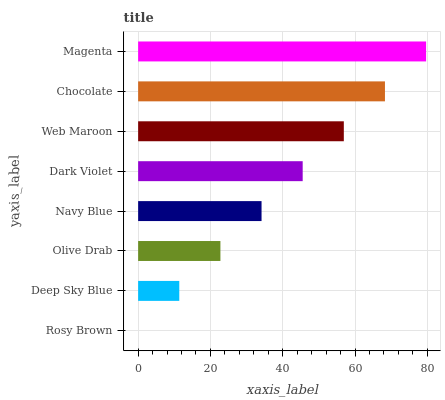
| yaxis_label | bars |
 | --- | --- |
 | Rosy Brown | 0 |
 | Deep Sky Blue | 11.4 |
 | Olive Drab | 22.8 |
 | Navy Blue | 34.1 |
 | Dark Violet | 45.5 |
 | Web Maroon | 56.9 |
 | Chocolate | 68.3 |
 | Magenta | 79.6 |